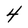
Character: 4